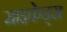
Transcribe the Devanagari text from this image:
साइकेड्स